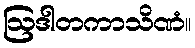
ဩဒါတကာသိဏံ။